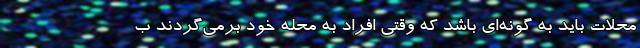
محلات باید به گونه‌ای باشد که وقتی افراد به محله خود برمی‌گردند ب